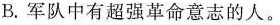
B.军队中有超强革命意志的人。